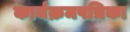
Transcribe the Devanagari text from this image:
कार्यक्रमपत्रिका